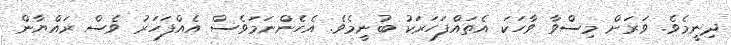
ދިނީމެވެ. ވަރަށް މިސްވާ ވާހަކަ އެތައްފަހަރަކު ބުނީމެވެ. އެހެންނަމަވެސް އެއްފަހަރު ވެސް ރައްޔާން